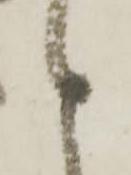
之